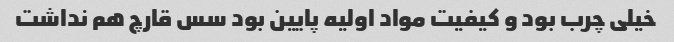
خیلی چرب بود و کیفیت مواد اولیه پایین بود سس قارچ هم نداشت